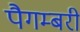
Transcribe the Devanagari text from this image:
पैगम्बरी